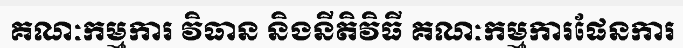
គណៈកម្មការ វិធាន និងនីតិវិធី គណៈកម្មការផែនការ